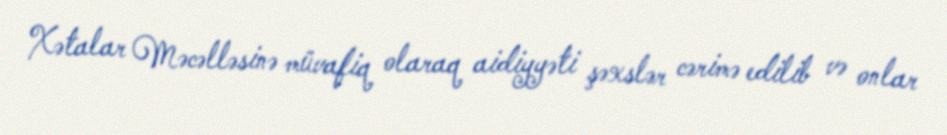
Xətalar Məcəlləsinə müvafiq olaraq aidiyyəti şəxslər cərimə edilib və onlar